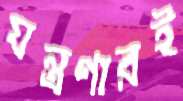
যন্ত্রণারই